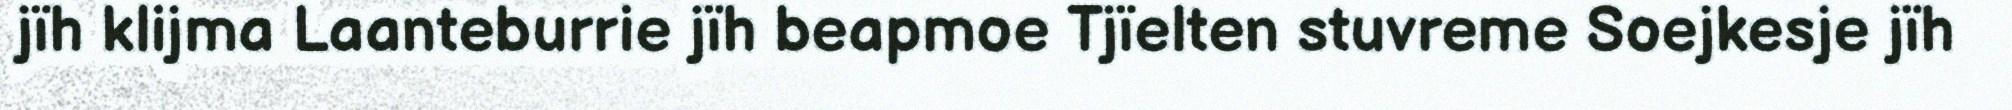
jïh klijma Laanteburrie jïh beapmoe Tjïelten stuvreme Soejkesje jïh